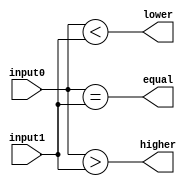
module mogayesegar (input0 ,input1 , equal , higher ,lower );

input wire [7:0] input0 , input1 ; 
output wire equal , higher , lower;

assign equal = (input0 == input1) ;
assign higher = (input0 >input1 ) ; 
assign lower = (input0 <input1 );

endmodule